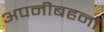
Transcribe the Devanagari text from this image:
अपनीबहनों